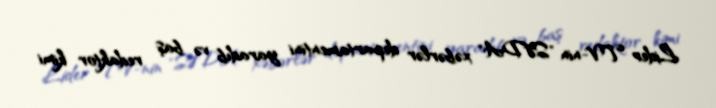
Lider TV-nin "SƏDA" xəbərlər departamentini yaradıb və baş redaktor kimi